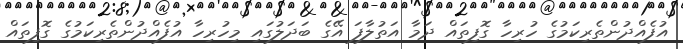
އުފެއްދުންތެރިކަމުގެ ހުރިހާ ގޮފިތައް ދަމާ އަތުލާފަ އޭގެ ބަދަލުގައި މިހުރިހާ އުފެއްދުންތެރިކަމުގެ ގޮފިތައް